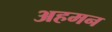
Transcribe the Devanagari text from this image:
अहमन